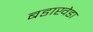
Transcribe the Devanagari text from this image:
बडाखेडा